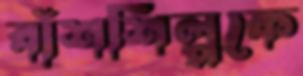
বাঁশশিল্পকে